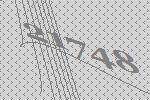
21748